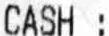
CASH: